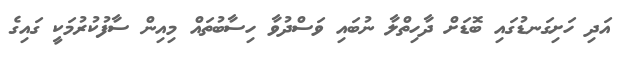
އަދި ހަށިގަނޑުގައި ބޮޑަށް ދާހިތްލާ ނުބައި ވަސްދުވާ ހިސާބުތައް މިއިން ސާފުކުރުމަކީ ގައިގެ